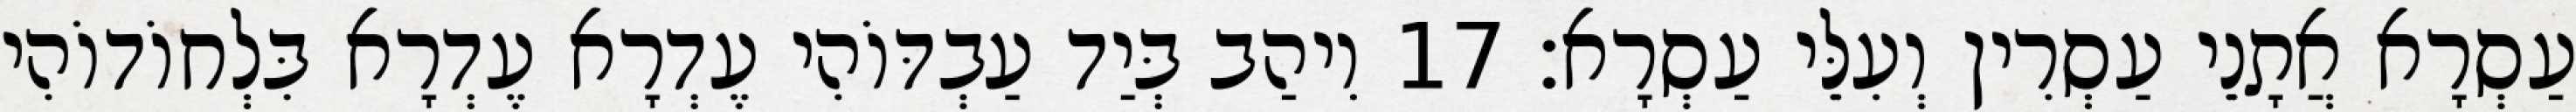
עַסְרָא אֲתָנֵי עַסְרִין וְעִלֵּי עַסְרָא׃ 17 וִיהַב בְּיַד עַבְדּוֹהִי עֶדְרָא עֶדְרָא בִּלְחוֹדוֹהִי